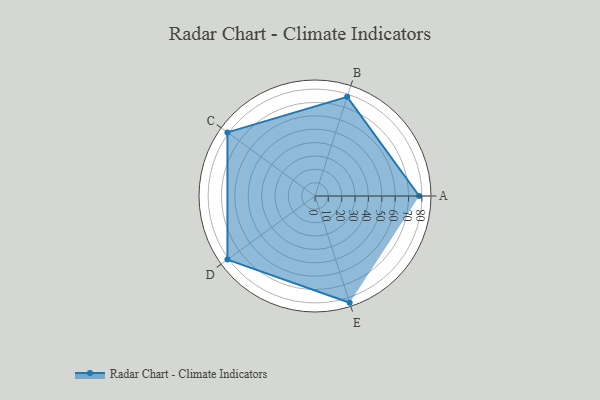
{"axis": {"x": "Skill", "y": "Score"}, "legend": ["Profile"], "data": [{"x": "A", "y": 78.0, "type": "Profile"}, {"x": "B", "y": 78.0, "type": "Profile"}, {"x": "C", "y": 81.0, "type": "Profile"}, {"x": "D", "y": 81.0, "type": "Profile"}, {"x": "E", "y": 84.0, "type": "Profile"}]}